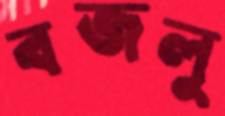
বজলু